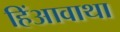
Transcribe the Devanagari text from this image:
हिंआवाथा